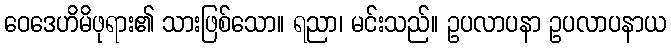
ဝေဒေဟိမိဖုရား၏ သားဖြစ်သော။ ရညာ၊ မင်းသည်။ ဥပလာပနာ ဥပလာပနာယ